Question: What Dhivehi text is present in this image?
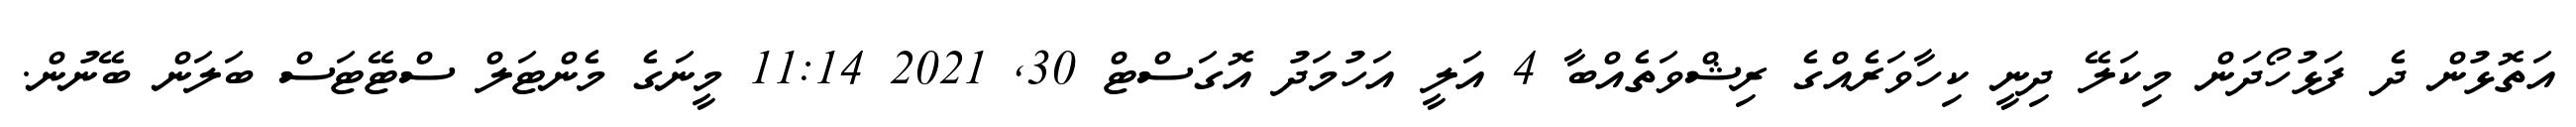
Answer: އަތޮޅުން ދެ ފަޅުހޯދަން މިކަލޭ ދިނީ ކިހާވަރެއްގެ ރިޝްވަތެއްބާ 4 އަލީ އަހުމަދު އޮގަސްޓް 30, 2021 11:14 މީނަގެ މެންޓަލް ސްޓޭޓަސް ބަލަން ބޭނުން.